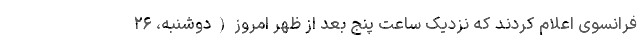
فرانسوی اعلام کردند که نزدیک ساعت پنج بعد از ظهر امروز(دوشنبه، ۲۶